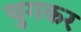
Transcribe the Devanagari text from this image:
चुगकर